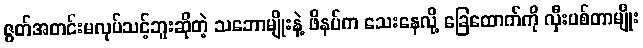
ဇွတ်အတင်းမလုပ်သင့်ဘူးဆိုတဲ့ သဘောမျိုးနဲ့ ဖိနပ်က သေးနေလို့ ခြေထောက်ကို လှီးပစ်တာမျိုး